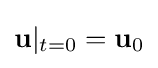
\mathbf {u} |_{t=0}=\mathbf {u} _{0}